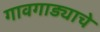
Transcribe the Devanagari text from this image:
गावगाड्याचे